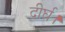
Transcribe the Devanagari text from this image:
दीर्घ।